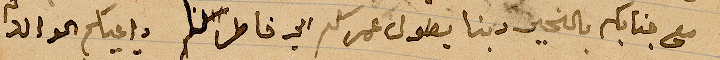
مع جنابكم بالخير دبنا يطول عمركم الى خاطر  ... الوالد